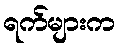
ရက်များက